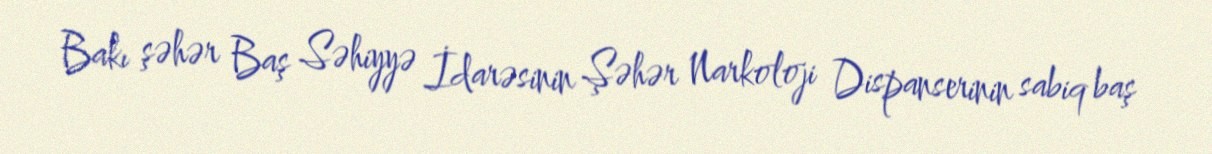
Bakı şəhər Baş Səhiyyə İdarəsinin Şəhər Narkoloji Dispanserinin sabiq baş